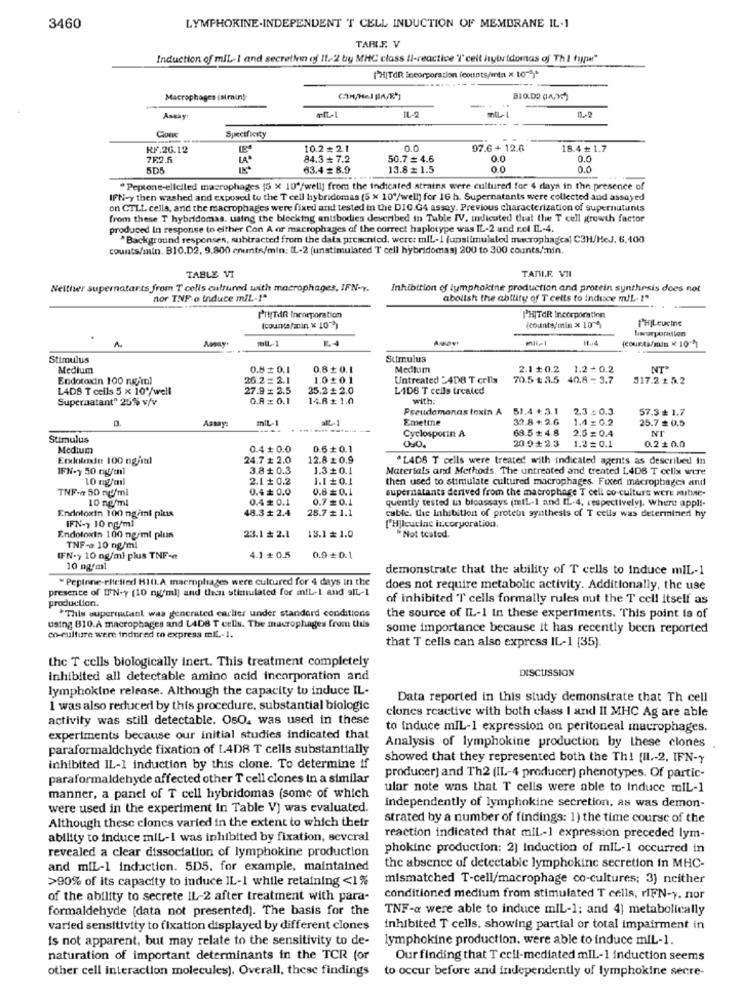
LYMPHOKINE-INDEPENDENT T CELL INDUCTION OF MEMBRANE IL.1
3460
TARIF. V
Induction of miL-1 and secretien of 11-2 by MHC class Ii-reactive 'I' cell hybridomas of Th 1 type"
["H|TdR incorporation (counts/min x 10-3)*
Macrophages (sirain):
3:0.02 (4/1)
Assay:
Clone
Specificity
RF.26.12
10.2=21
00
97.6 + 12.6
18.4 + 1.7
782.6
LA*
84.3# 7.2
50.7 = 4.6
0.0
0.0
5D5
63.4 = 8.9
13.8= 1.5
0.0
0.0
"Peptone-elleiled macrophages [5 X 10"/well] from the indicated strains were cultured for 4 days in the presence of
IFN-y then washed and exposed to the T cell hybridomas (5 × 10"/well) for 16 h. Supernatants were collected and assayed
on CTLL cella, and the macrophages were fixed and tested in the DIC.G4 assay. Previous characterization of supernutunis
from these T hybridomas. using the blocking antibodies described in Tuble IV, indicated that the T cell growth factor
produced In response to either Con A or macrophages of the correct haplotype was IL-2 und rel IL-4.
"Background responses, subtracted from the data presented, were: mlL-1 (unstimulated macrophagea) C3H/HeJ. 6.100
counts/min. B10.D2. 9.800 cnutr/min; IL-2 (unstimulated T cell hybridomas] 200 to 300 counts/min.
TABLE VI
TARIF VII
Neither supernatarts from T colis cultured with macrophages, IFN-Y.
Inhibition of lymphokine production and protein synthesis does not
nor TNF a Induce m/L-1ª
abolish the ability of T cells to induce m/L- 1ª
PINTAR Inoneporation
PHITOR Incorporation
1HLeucine
(counts/min × 10")
(counts/ min x 100%
Iworporation
mtL-1
11.4
Stimulus
Stimulus
Medium
0.8 + 0.1
0.8 + 0.1
Medium
2.1 +0.2
1.2 + 0.2
NT"
Endotoxin 100 ng/ml
26.2 = 2.1
1.020.1
Untreated :4DB T cells
70.5 ₺ 3.5
40.8 - 3.7
317.2 + 5.2
LADS T cells 5 x 10*/well
27.9 = 2.5
25.2 + 2.0
LAD6 T cells treated
Supernatant" 25% v/v
O.A = 0.1
14.8£ 1.0
with:
Pseudomonas toxin A 51.4 + 3.1
2.3 : 0.3
57.3 ₺ 1.7
Asmay
miL-1
Emetine
32.8 + 2.6
1.4 = 0.2
25.7 + 0.5
----------
Cyclosporin A
68.5 + 4.8
2.5 = 0.4
Stimulus
050.
20.9+2.3
1.2=0.1
Medium
0.4 # 0.0
0.6+ 0.1
0.2+ 0.0
Erxdlolende: 100 ng/ml
24.7 # 2.0
12.8 £ 0.9
"L4D6 T cells were treated with indicated agents as described In
IFN-y 50 mg/ml
3.8+0.3
1.3+0.1
Materials and Methods. The untreated and created L4D8 T cells were
10 mg/ml
2.1 + 0.2
1.1 £0.1
then used to stimulate cultured macrophages. Fixcer macrophages and
TNF-4 50 ng/ml
0.4 ₺ 0.0
0.8 0.1
supernatants derived from the macrophage T cell co-culture were subne.
10 ng/ml
0.4 + 0.1
0.7 # 0.1
quently tested in bioassays (miL-1 and IL-4, respectively). Where appli-
Endotoxin 100 ng/ml plus
48.3 # 2.4
28.7 # 1.1
IFN-y 10 ng/ml
cable. the inhibition of protein synthesis of T cells was determined hy
[Hpleucine incorporation.
Not tested.
Endotoxin 100 ng/ml plus
23.1 # 2.1
13.1 1.0
TNF-a 10 ng/ml
IFN-y 10 ng/ml plus TNF-e
4.1 +0.5
0.9+0.1
10 ng/ml
demonstrate that the ability of T cells to Induce mIL-1
" Peptone-ellefied H10.A macrophages were cultured for 4 days in the
presence of IFN-y (10 ng/ml] and then stimulated for mil-1 and SIL-1
does not require metabolic activity. Additionally, the use
production.
of inhibited T cells formally rules out the T cell itself as
"This superinsanl was generated carlier under standard conditions
the source of IL-1 in these experiments. This point is of
using B10.A macrophages and L4DB T cells. The macrophages from this
some importance because it has recently been reported
co-culture were indured to express miL .- 1.
that T cells can also express IL-1 (35)
the T cells biologically Inert. This treatment completely
DISCUSSION
inhibited all detectable amino acid incorporation and
lymphokine release. Although the capacity to induce IL-
Data reported in this study demonstrate that Th cell
I was also reduced by this procedure, substantial biologic
activity was still detectable. OsO. was used in these
clones reactive with both class I and II MHC Ag are able
to induce mIL-1 expression on peritoneal macrophages.
experiments because our initial studies indicated that
paraformaldehyde fixation of 1.4DB T cells substantially
Analysis of lymphokine production by these clones
showed that they represented both the Th! [II .- 2, IFN-y
inhibited IL-1 induction by this clone. To determine if
paraformaldehyde affected other T cell clones in a similar
producer) and Th2 (IL-4 producer) phenotypes. Of partic-
ular note was that T cells were able to induce mIL-1
manner, a panel of T cell hybridomas (some of which
were used in the experiment In Table V) was evaluated.
independently of lymphokine secretion, as was demon-
Although thesc clones varied in the extent to which their
strated by a number of findings: 1) the time course of the
ability to induce mil-1 was inhibited by fixation, several
reaction indicated that mil-1 expression preceded lym-
revealed a clear dissociation of lymphokine production
phokine production: 2) Induction of mIL-1 occurred in
and miL-1 induction. 5D5. for example, maintained
the absence of detectable lymphokinc secretion in MHC-
>90% of its capacity to induce IL-1 while retaining <1%
mismatched T-cell/macrophage co-cultures; 3) neither
of the ability to secrete IL-2 after treatment with para-
conditioned medium from stimulated T cells, rIFN-y, nor
formaldehyde [data not presented). The basis for the
TNF-a were able to induce mIL-1; and 4} metabolically
varied sensitivity to fixation displayed by different clones
inhibited T cells, showing partial or total impairment in
is not apparent, but may relate to the sensitivity to de-
lymphokine production, were able to induce miL-1.
naturation of important determinants in the TCR (or
Our finding that T cell-mediated mIL-1 induction seems
other cell interaction molecules). Overall, these findings
to occur before and independently of lymphokine secre-